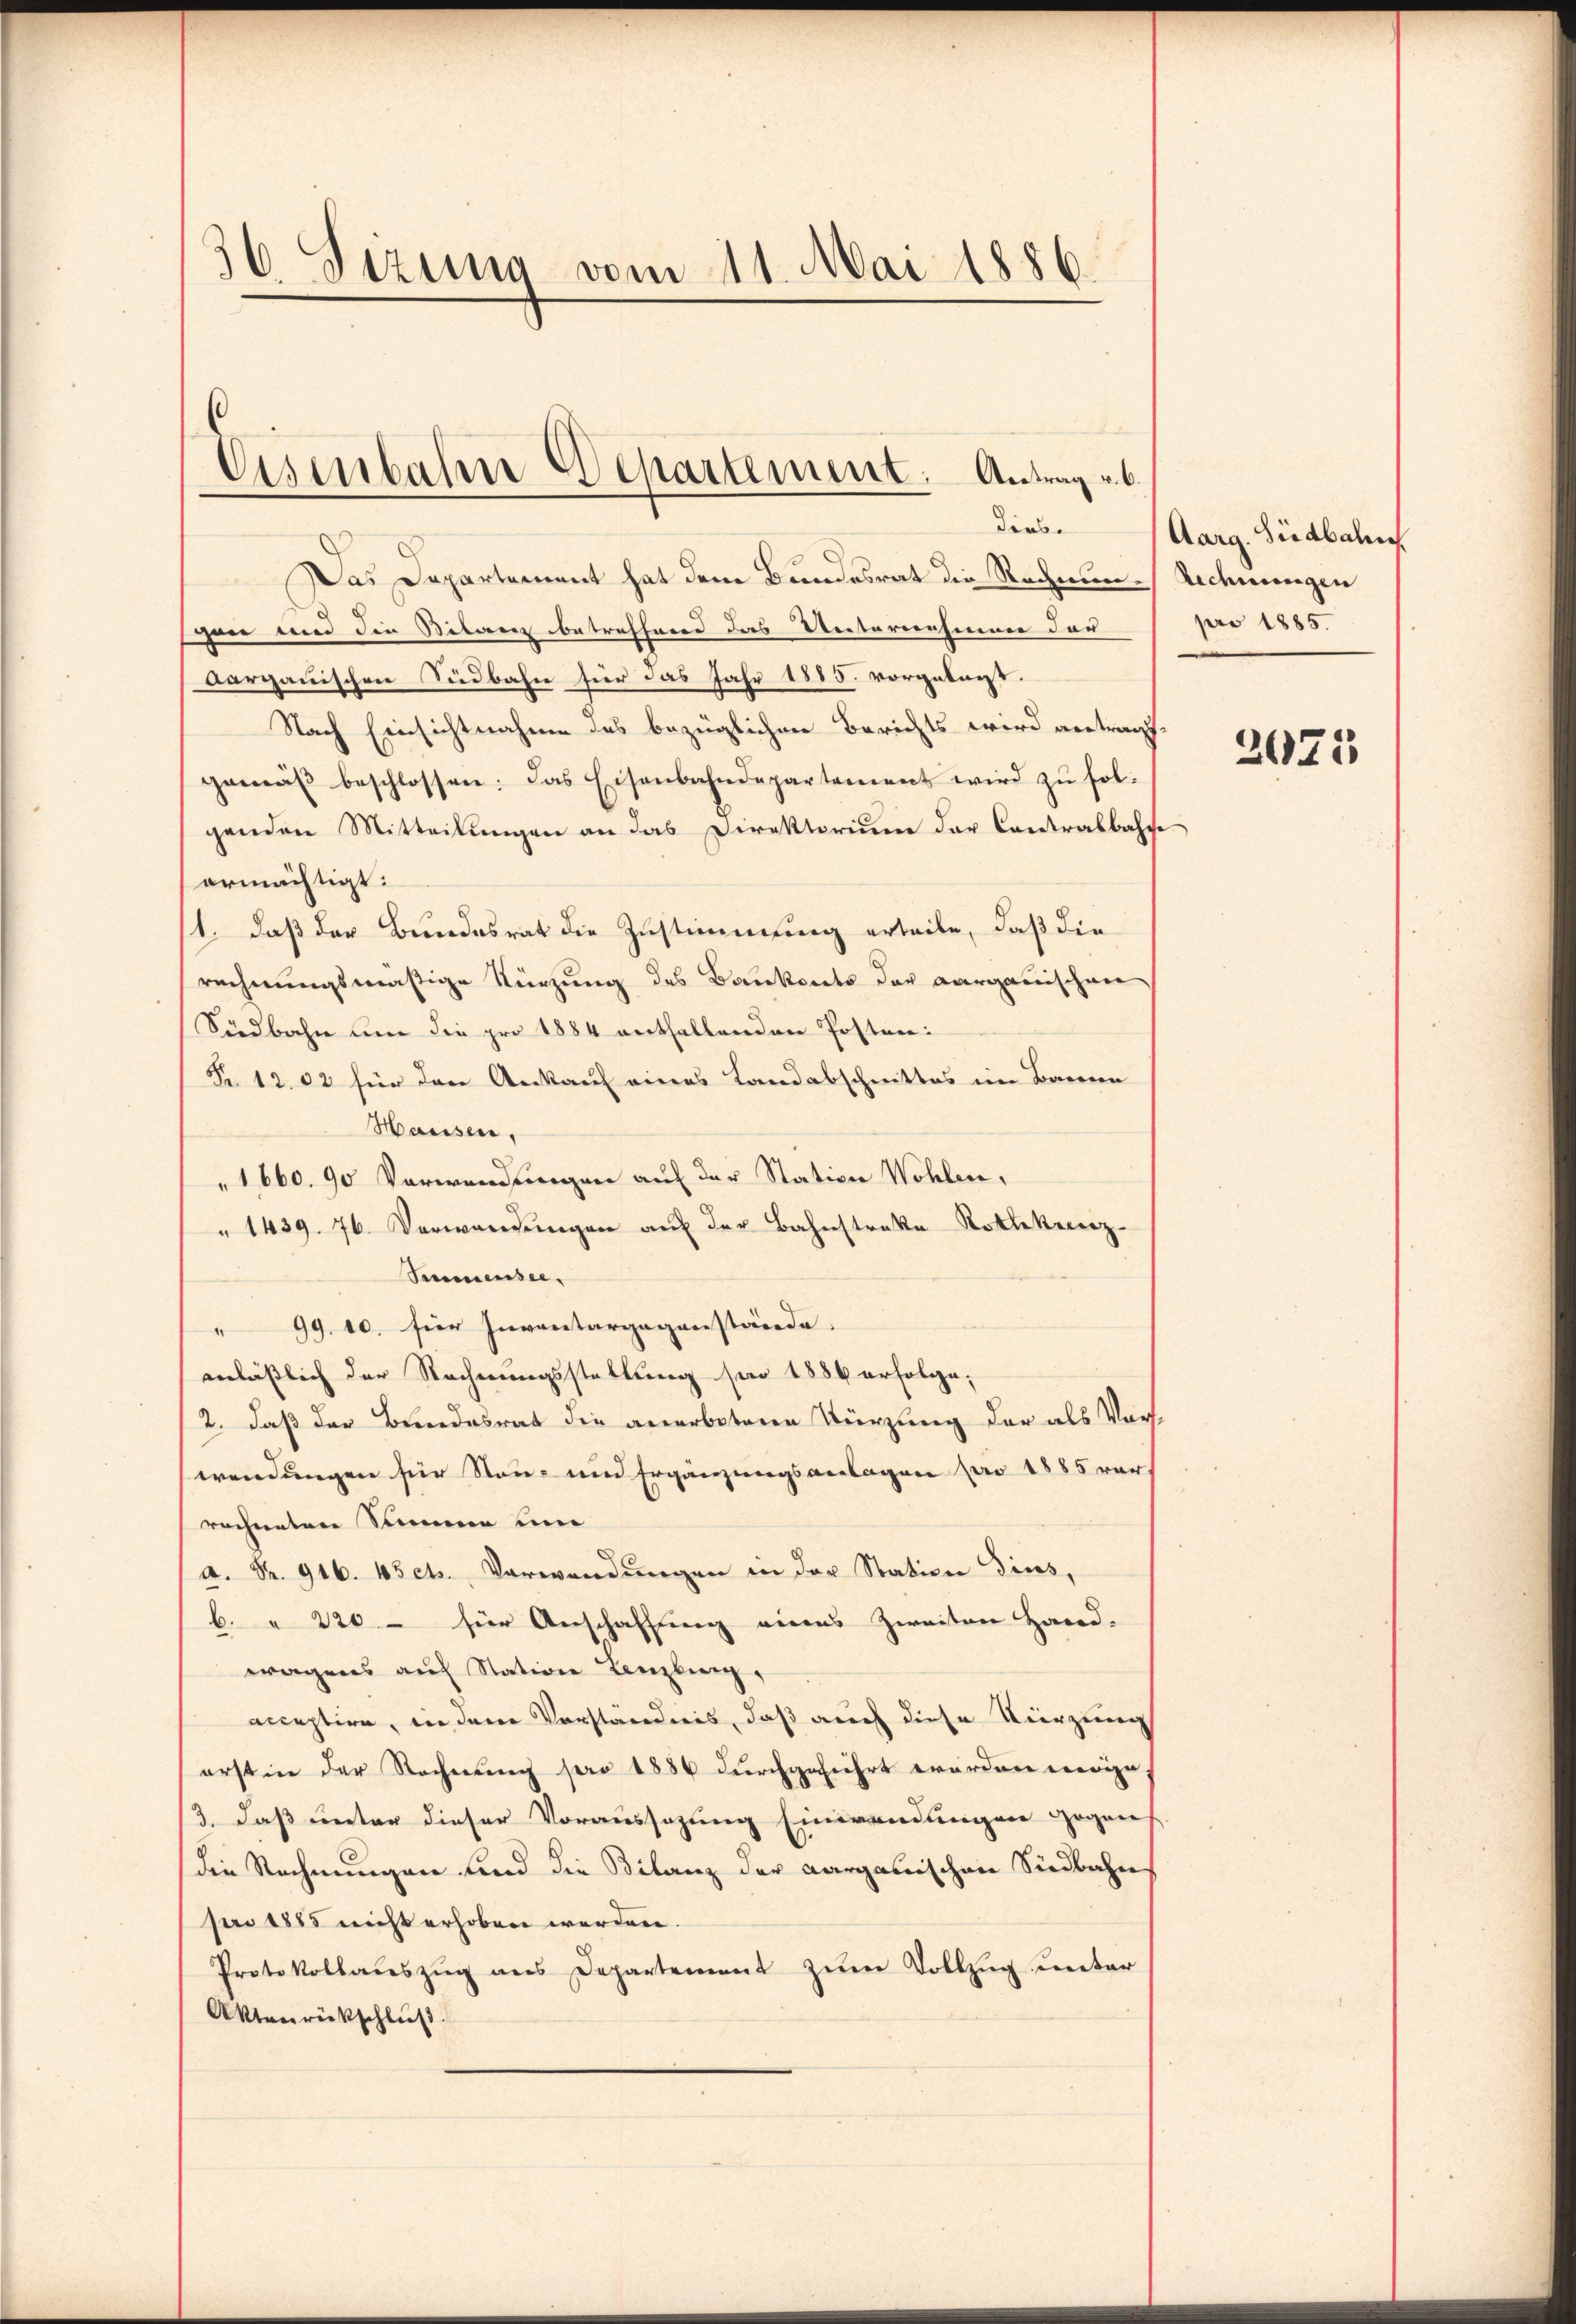
36. Sizung vom 11. Mai 1886.

Eisenbahn Departement. Antrag b
dies.

Das Departement hat dem Bundesrat die Rechnun-Rechnungen
spann und die Stilaren betreffend das Unteriensinner der |
Aargauischen Südbahn hier das Jahr 1885. vorgetagt.
Nach Einsichtnahme des bezüglichen Berichts wird antragt.
gemäβ beschlossen: das Eisenbahndepartement wird zŭ fol-
genden Mitteilŭngen an das Direktorium der Contralbahne
ermächtigt:
1. daß der Bundesrat die Zustimmung erteile, daß die
rechnungsmäßige Kürzung des Bankents der aargauischen
Südbahn um die pro 1884 enthaltenden Posten:
Fr. 1202 für den Ankauf eines Landabschnittes im Bannen
Hausen,
1660. 90 Verwendungen auf der Station Wohlen,
" 1439. 76. Verwandŭngen aŭf der Bahnstrakte Rothekenz-
Semmensee.
" 99. 10. hier Inventargegenstände.
anläßlich der Rechnungsstellung sei 1886 erfolge,
2. daß der Brandesrat die anerbotenen Kürzung der als Vorswendungen fier Stan- und Ergänzungsanlagen pro 1885 vor
rechneten Simmen un
a. S. 916. 45 cts. Verwendungen in der Station dies,
b. " 220 - hier Anschaffung eines Zweiten Hard-
wagens auf Station Lenzburg,
acceptire, in dem Vorständnis, daß auch diese Kürzung
erst in der Rechnung pro 1886 durchgeführt worden wenige
3. daß unter dieser Voraussezung Einwendungen gegen
die Rechnungen und die Bilanz der aargauischen Südbahn
pro 1885 nicht erhoben werden.
Protokollauszug aus Departement zum Vollzug unter
Aktenrückschluß

Aarg. Siedbahn
pro 1885.

2073